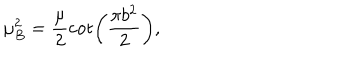
LaTeX: \mu _ { B } ^ { 2 } = \frac { \mu } { 2 } \cot \left( \frac { \pi b ^ { 2 } } { 2 } \right) ,